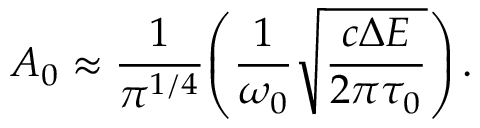
A _ { 0 } \approx \frac { 1 } { \pi ^ { 1 / 4 } } { \left( \frac { 1 } { \omega _ { 0 } } \sqrt { \frac { c \Delta E } { 2 \pi \tau _ { 0 } } } \right) } \, .